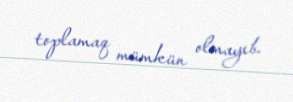
toplamaq mümkün olmayıb.